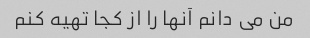
من می دانم آنها را از کجا تهیه کنم